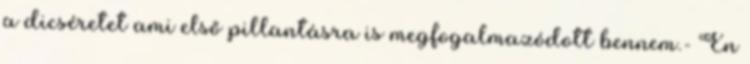
a dicséretet ami első pillantásra is megfogalmazódott bennem.- Én